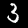
Label: 3